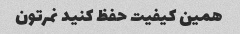
همین کیفیت حفظ کنید نمرتون